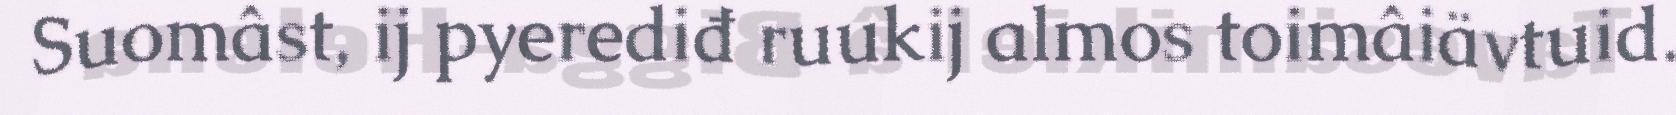
Suomâst, ij pyerediđ ruukij almos toimâiävtuid.